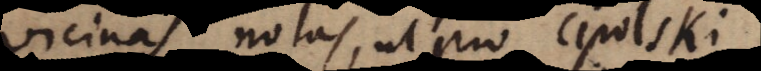
vicinas notas, ut pro cipolski,